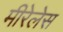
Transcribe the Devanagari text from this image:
मीरेलेस